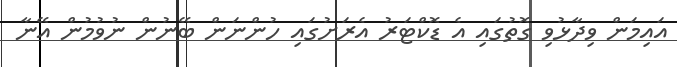
އައިމަން ވިދާޅުވި ގޮތުގައި އެ ޑޮކްޓަރު އެރަށުގައި ހުންނަން ބޭނުން ނުވުމުން އޭނާ